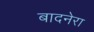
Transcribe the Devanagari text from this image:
बादनेरा